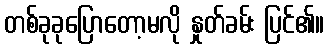
တစ်ခုခုပြောတော့မလို နှုတ်ခမ်း ပြင်၏။